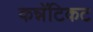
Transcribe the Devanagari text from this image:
कन्नॅटिकट